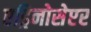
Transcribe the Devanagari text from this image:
एड्रिनोसेप्टर